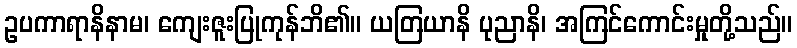
ဥပကာရာနိနာမ၊ ကျေးဇူးပြုကုန်ဘိ၏။ ယတြယာနိ ပုညာနိ၊ အကြင်ကောင်းမှုတို့သည်။